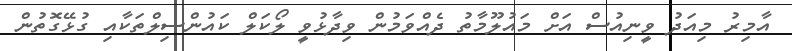
އާމިރު މިއަދު ވީނިއުސް އަށް މައުލޫމާތު ދެއްވަމުން ވިދާޅުވީ ލޯކަލް ކައުންސިލްތަކާއި ގުޅޭގޮތުން